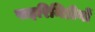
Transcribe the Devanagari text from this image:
पाइरिमिडीनों